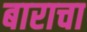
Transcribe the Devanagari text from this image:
बाराचा